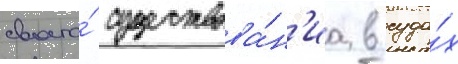
своего́ существова́н'иа в суда́х